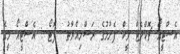
އެސްޓީއޯ ޗޮކްލެޓް ވީކް ފެށުމުގެ ރަސްމިއްޔާތު  ފޮޓޯ : އެސްޓީއޯ މީގެ